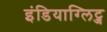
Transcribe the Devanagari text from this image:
इंडियाग्लिट्ज